Eesti_Ajutise_Maavalitsuse_haridusosakond, lk 42
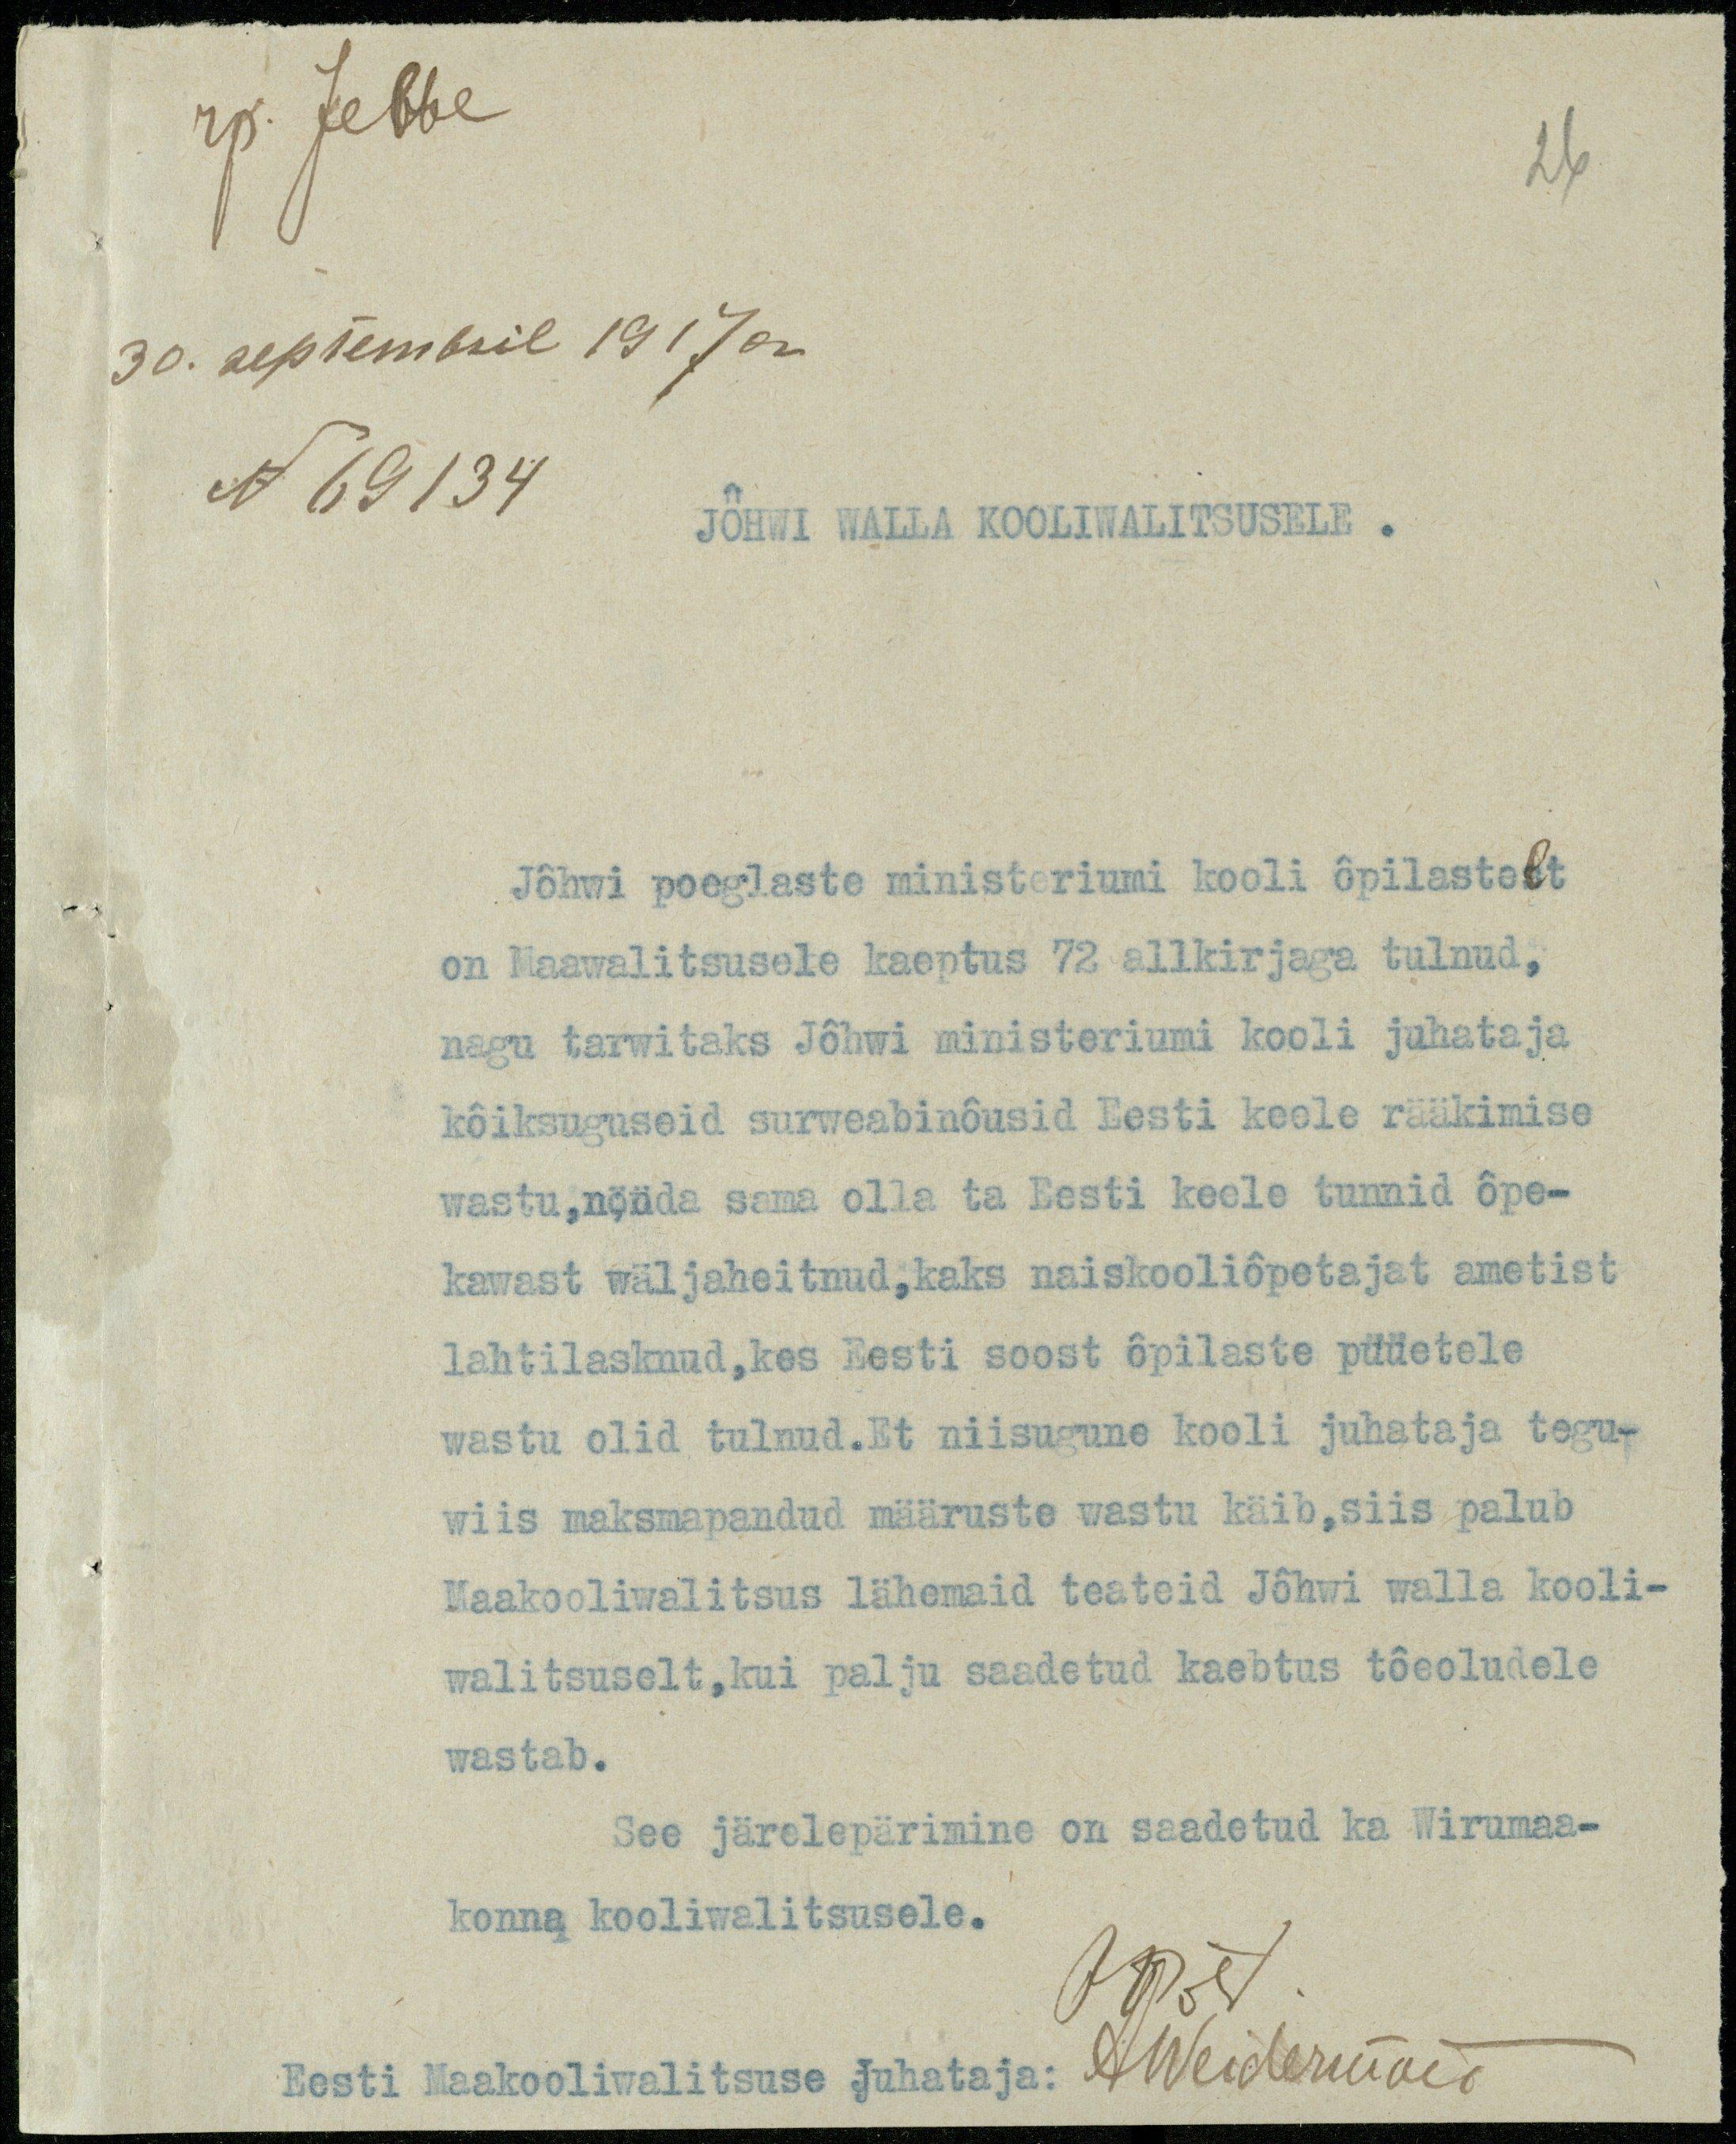
rp. Jebbe
26
30. septembril 1917 a.
N 69134
JÕHWI WALLA KOOLIWALITSUSELE.
Jöhwi poeglaste ministeriumi kooli õpilastelt
on Maawalitsusele kaeptus 72 allkirjaga tulnud,
nagu tarwitaks Jõhwi ministeriumi kooli juhataja
kõiksuguseid surweabinõusid Eesti keele rääkimise
wastu, nönda sama olla ta Eesti keele tunnid õpe-
kawast wäljaheitnud, kaks naiskooliõpetajat ametist
lahtilasknud, kes Eesti soost õpilaste püüetele
wastu olid tulnud. Et niisugune kooli juhataja tegu-
wiis maksmapandud määruste wastu käib, siis palub
Maakooliwalitsus lähemaid teateid Jõhwi walla kooli-
walitsuselt, kui palju saadetud kaebtus tõeoludele
wastab.
See järelepärimine on saadetud ka Wirumaa-
konna kooliwalitsusele.
OPõld
Eesti Maakooliwalitsuse Juhataja:
AWeidermann